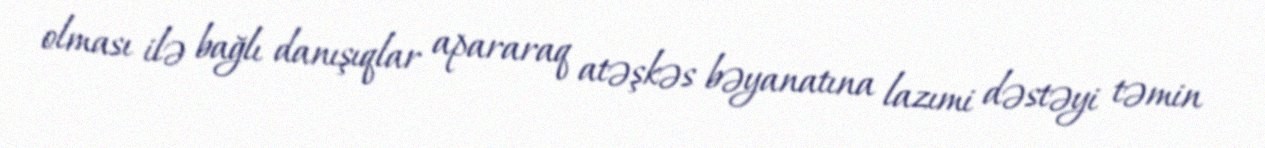
olması ilə bağlı danışıqlar apararaq atəşkəs bəyanatına lazımi dəstəyi təmin